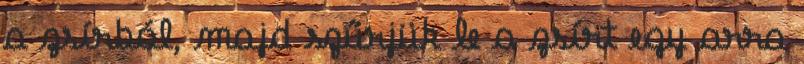
a zsírból, majd szűrjük le a zsírt egy arra